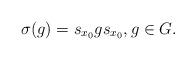
LaTeX: \begin{align*} \sigma (g) = s_{x_0} g s_{x_0}, g \in G.\end{align*}